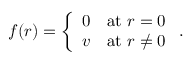
f ( r ) = \left\{ \begin{array} { l l } { { 0 } } & { { \mathrm { a t ~ } r = 0 } } \\ { { v } } & { { \mathrm { a t ~ } r \ne 0 } } \end{array} \right. .